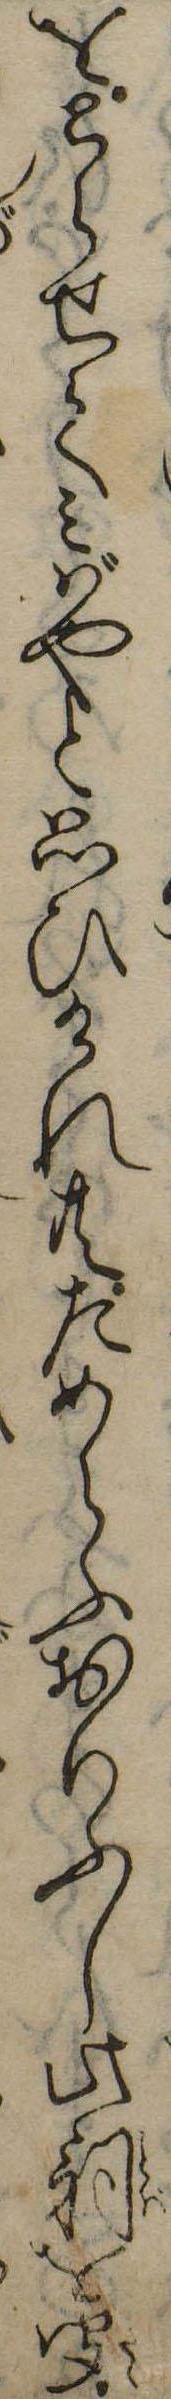
をとらせてみばやと思ひけれ共ためらふおりふし此詞を聞